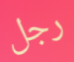
رجل